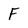
Character: F